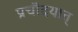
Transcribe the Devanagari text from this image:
प्रचॊदयात्